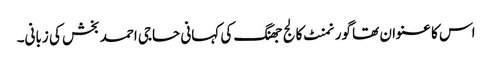
اس کا عنوان تھا گورنمنٹ کالج جھنگ کی کہانی حاجی احمد بخش کی زبانی۔